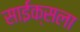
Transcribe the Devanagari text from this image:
साईक्सला